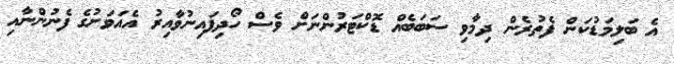
އެ ބަލިމަޑުކަން ފެތުރެން ދިމާވި ސަބަބެއް ޑޮކްޓަރުންނަށް ވެސް ހޯދިފައިނުވާއިރު އެއަވަށުގެ ފެނުންނާއި